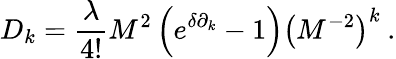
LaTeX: D_{k}=\frac{\lambda}{4!}M^{2}\left(e^{\delta\partial_{k}}-1\right)\left(M^{-2}\right)^{k}\: .